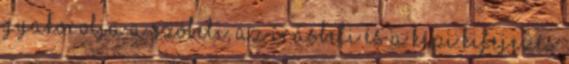
gyakorolja a szóbeli, az írásbeli és a képi kifejezés